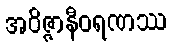
အဝိဇ္ဇာနီဝရဏဿ